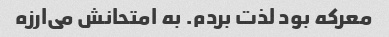
معرکه بود لذت بردم. به امتحانش می‌ارزه